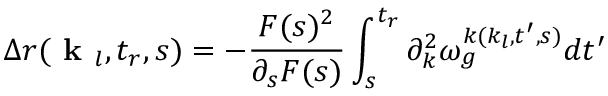
\Delta r ( \textbf { k } _ { l } , t _ { r } , s ) = - \frac { F ( s ) ^ { 2 } } { \partial _ { s } F ( s ) } \int _ { s } ^ { t _ { r } } \partial _ { k } ^ { 2 } \omega _ { g } ^ { k ( k _ { l } , t ^ { \prime } , s ) } d t ^ { \prime }